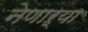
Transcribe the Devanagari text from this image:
नेणाऱ्या